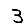
Digit: 3